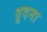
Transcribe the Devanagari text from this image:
गूदना